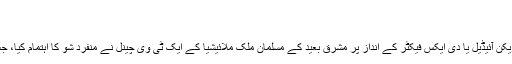
(21.07.2010)
ملائیشیا میں ٹی وی کا ینگ امام ریالٹی شو
امریکی ٹیلی وژن کے ریالٹی شوز مثلاً امریکن آئیڈیل یا دی ایکس فیکٹر کے انداز پر مشرق بعید کے مسلمان ملک ملائیشیا کے ایک ٹی وی چینل نے منفرد شو کا اہتمام کیا، جس کا پہلا سیزن اپنی منزل پر پہنچ گیا ہے۔